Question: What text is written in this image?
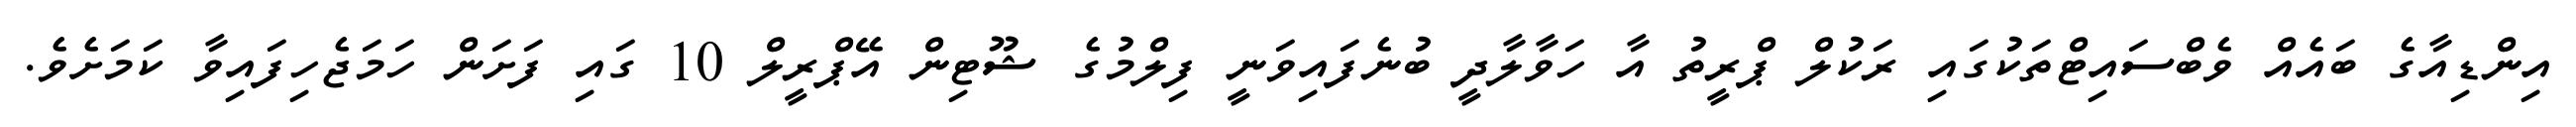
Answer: އިންޑިއާގެ ބައެއް ވެބްސައިޓްތަކުގައި ރަކުލް ޕްރީތު އާ ހަވާލާދީ ބުނެފައިވަނީ ފިލްމުގެ ޝޫޓިން އޭޕްރީލް 10 ގައި ފަށަން ހަމަޖެހިފައިވާ ކަމަށެވެ.